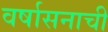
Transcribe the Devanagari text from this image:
वर्षासनाची